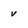
Character: V